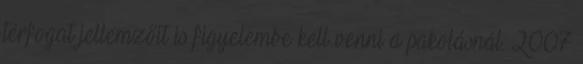
térfogat jellemzőit is figyelembe kell venni a pakolásnál. 2007